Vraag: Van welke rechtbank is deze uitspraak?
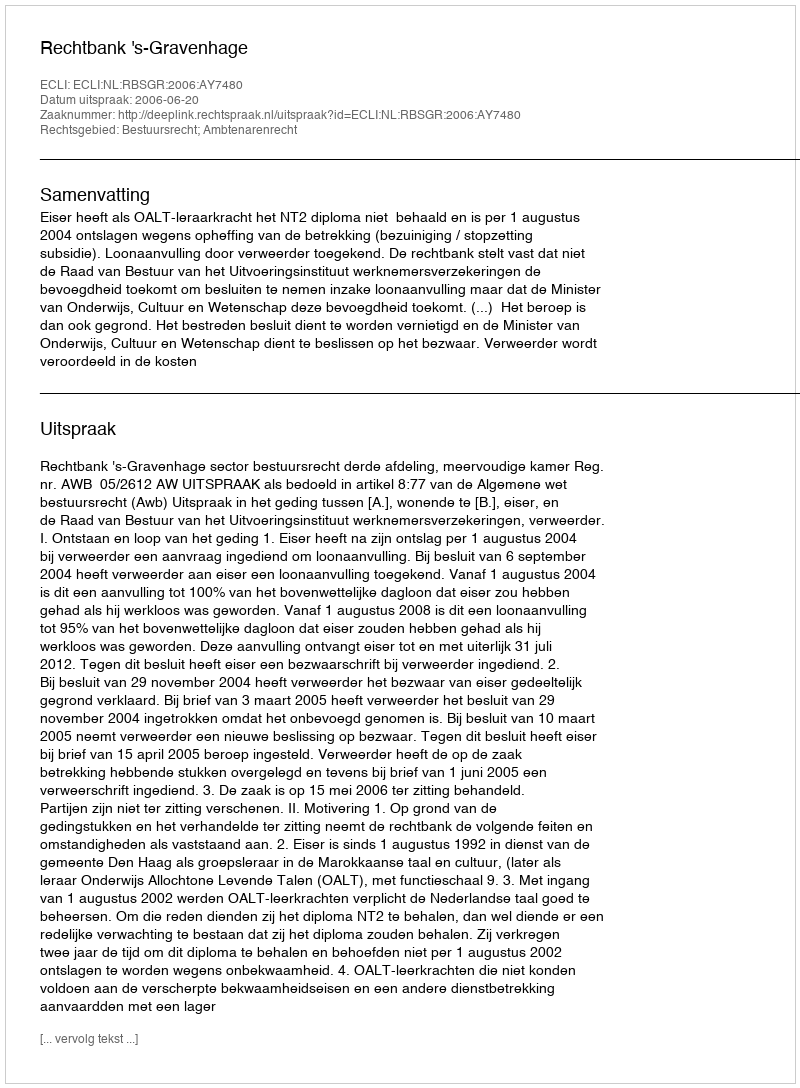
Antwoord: Rechtbank 's-Gravenhage